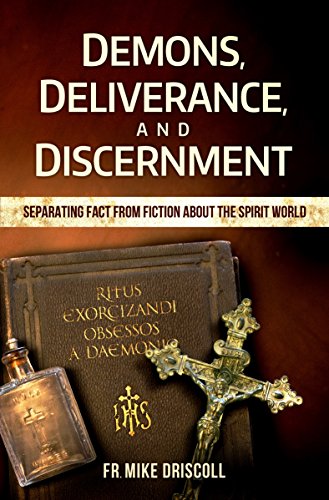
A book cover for Demons, Deliverance, Discernment : Separating Fact from Fiction about the Spirit World; Fr. Mike Driscoll; Religion & Spirituality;